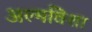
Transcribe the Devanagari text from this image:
अल्मविशा